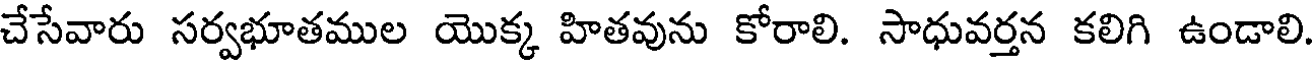
చేసేవారు సర్వభూతముల యొక్క హితవును కోరాలి. సాధువర్తన కలిగి ఉండాలి.